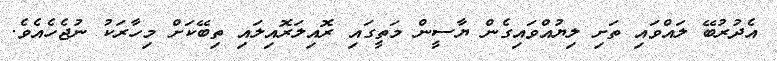
އެދުރުބޭ ލައްވައި ތަށި ލިޔުއްވައިގެން ޔާސީން މަތީގައި ރޮއިލަރޮއިލައި ތިބޭކަށް މިހާރަކު ނުޖެހެއެވެ.